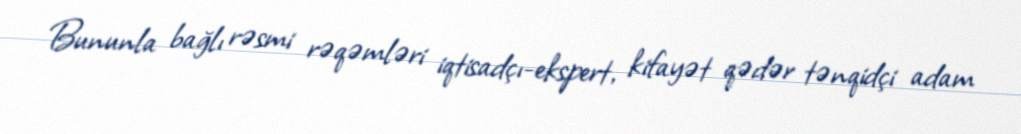
Bununla bağlı rəsmi rəqəmləri iqtisadçı-ekspert, kifayət qədər tənqidçi adam